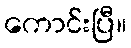
ကောင်းပြီ။